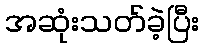
အဆုံးသတ်ခဲ့ပြီး